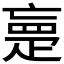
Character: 𰣡